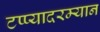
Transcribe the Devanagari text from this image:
टप्प्यादरम्यान